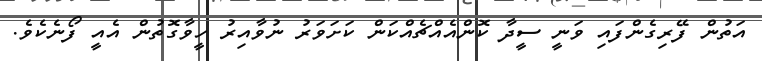
އަތުން ފޭރިގެންފައި ވަނީ ސީދާ ކޮންއެއްޗެއްކަން ކަށަވަރު ނުވާއިރު ހީވާގޮތުން އެއީ ފޯނެކެވެ.